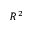
R ^ { 2 }